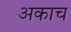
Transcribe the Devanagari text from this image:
अकाच